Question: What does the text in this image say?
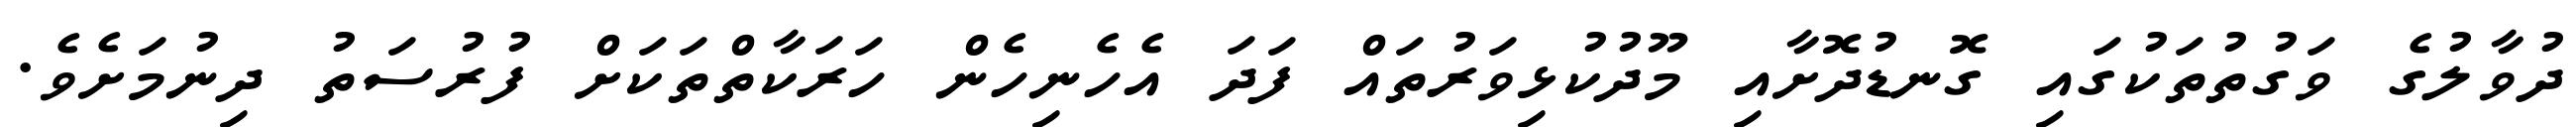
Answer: ދުވާލުގެ ވަގުތުތަކުގައި ގޮނޑުދޮށާއި މޫދުކުޅިވަރުތައް ފަދަ އެހެނިހެން ހަރަކާތްތަކަށް ފުރުސަތު ދިނުމަށެވެ.